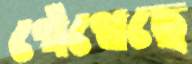
গেঁথেছে